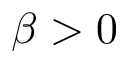
\beta > 0